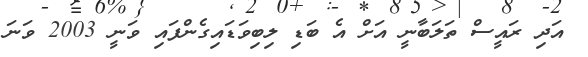
އަދި ރައީސް ތަލަބާނީ އަށް އެ ބަޑި ލިބިވަޑައިގެންފައި ވަނީ 2003 ވަނަ